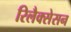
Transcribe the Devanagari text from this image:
रिलैक्सेसन